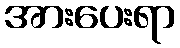
အားပေးရာ